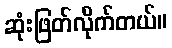
ဆုံးဖြတ်လိုက်တယ်။